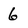
Character: 6